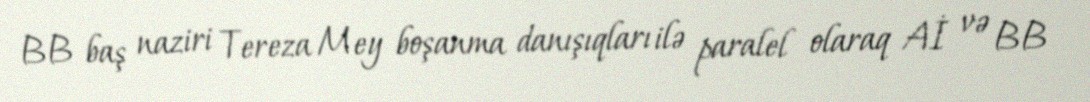
BB baş naziri Tereza Mey boşanma danışıqları ilə paralel olaraq Aİ və BB